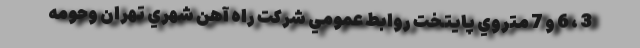
3 ، 6 و 7 متروي پايتخت روابط عمومي شركت راه آهن شهري تهران وحومه